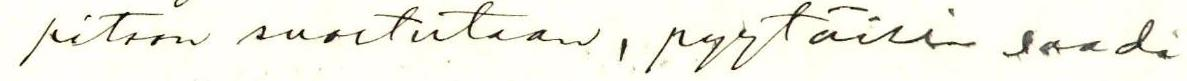
pitoon suostutaan, pyytäisin saada